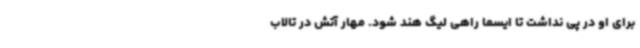
برای او در پی نداشت تا ایسما راهی لیگ هند شود. مهار آتش در تالاب